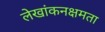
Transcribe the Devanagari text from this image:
लेखांकनक्षमता